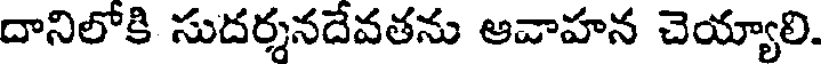
దానిలోకి సుదర్శనదేవతను ఆవాహన చెయ్యాలి.